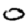
Digit: 0